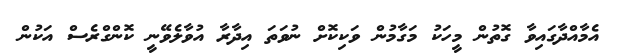
އެމާއްދާގައިވާ ގޮތުން މީހަކު މަގާމުން ވަކިކޮށް ނުވަތަ އިދާރާ އުވާލެވޭނީ ކޮންގްރެސް އަކުން